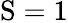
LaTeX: \mathrm{S}=1